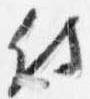
侍